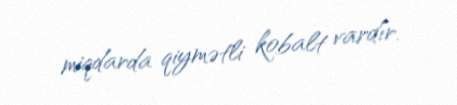
miqdarda qiymətli kobalt vardır.